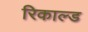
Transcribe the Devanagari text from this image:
रिकाल्ड